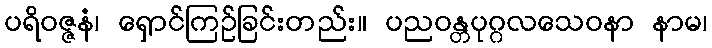
ပရိဝဇ္ဇနံ၊ ရှောင်ကြဉ်ခြင်းတည်း။ ပညဝန္တပုဂ္ဂလသေဝနာ နာမ၊